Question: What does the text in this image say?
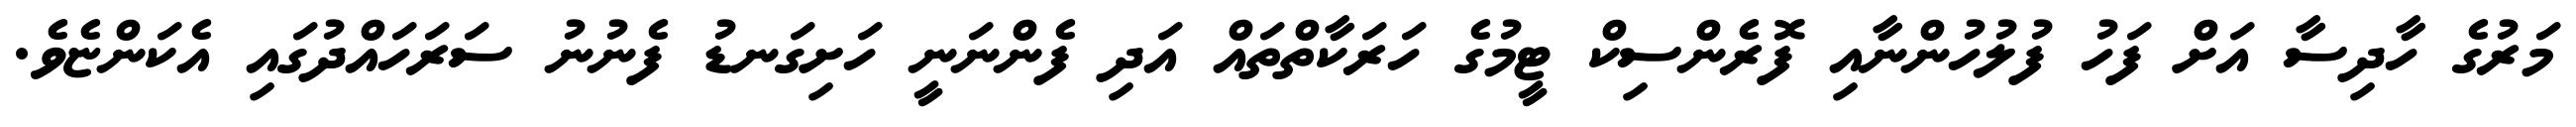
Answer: މަރުގެ ހާދިސާ އަށް ފަހު ފުލުހުންނާއި ފޮރެންސިކް ޓީމުގެ ހަރަކާތްތައް އަދި ފެންނަނީ ހަށިގަނޑު ފެނުނު ސަރަހައްދުގައި އެކަންޏެވެ.